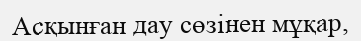
Асқынған дау сөзінен мұқар,